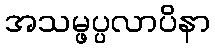
အသမ္ဖပ္ပလာပိနာ